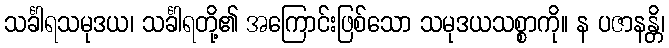
သင်္ခါရသမုဒယ၊ သင်္ခါရတို့၏ အကြောင်းဖြစ်သော သမုဒယသစ္စာကို။ န ပဇာနန္တိ၊